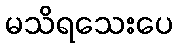
မသိရသေးပေ